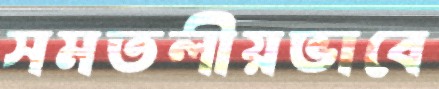
সমতলীয়ভাবে